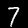
Digit: 7